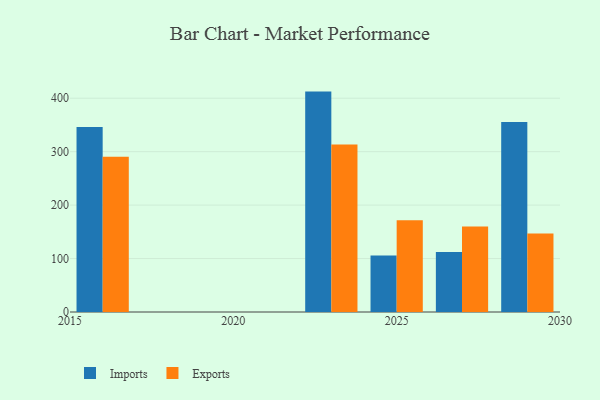
{"axis": {"x": "Year", "y": "Satisfaction Score"}, "legend": ["Exports", "Imports"], "data": [{"x": "2027", "y": 112.5, "type": "Imports"}, {"x": "2027", "y": 160.0, "type": "Exports"}, {"x": "2029", "y": 355.3, "type": "Imports"}, {"x": "2029", "y": 146.8, "type": "Exports"}, {"x": "2023", "y": 412.4, "type": "Imports"}, {"x": "2023", "y": 313.6, "type": "Exports"}, {"x": "2025", "y": 105.9, "type": "Imports"}, {"x": "2025", "y": 171.9, "type": "Exports"}, {"x": "2016", "y": 346.3, "type": "Imports"}, {"x": "2016", "y": 290.7, "type": "Exports"}]}